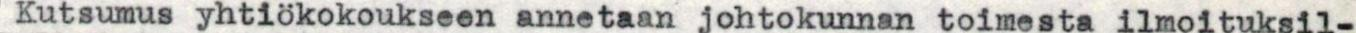
Kutsumus yhtiökokoukseen annetaan johtokunnan toimesta ilmoituksil-